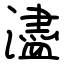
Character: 濜